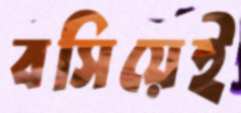
বসিয়েই